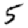
Digit: 5